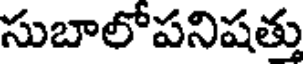
సుబాలోపనిషత్తు